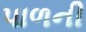
પાળની